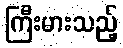
ကြီးမားသည့်